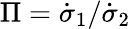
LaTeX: \Pi={\dot{\sigma}_{1}}/{\dot{\sigma}_{2}}